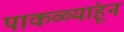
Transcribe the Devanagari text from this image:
पाकळ्यांहून